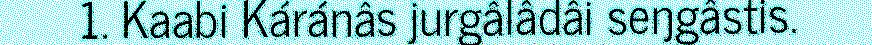
1. Kaabi Káránâs jurgâlâdâi seŋgâstis.